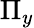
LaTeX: \Pi_{y}